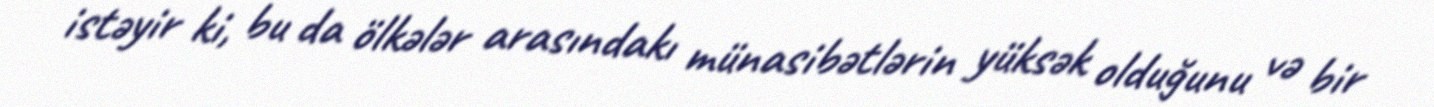
istəyir ki, bu da ölkələr arasındakı münasibətlərin yüksək olduğunu və bir